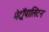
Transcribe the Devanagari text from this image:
मेट्रॉपालिटन